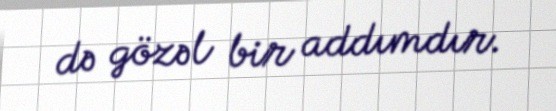
də gözəl bir addımdır.